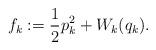
LaTeX: \begin{align*}f_k:=\frac{1}{2} p_k^2+W_k(q_k) .\end{align*}